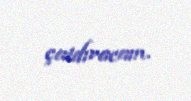
çatdıracam.